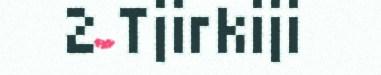
2 Tjirkiji